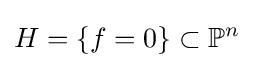
H=\{f=0\}\subset \mathbb {P} ^{n}